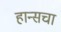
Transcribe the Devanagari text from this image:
हान्सचा